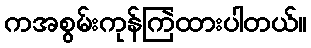
ကအစွမ်းကုန်ကြဲထားပါတယ်။